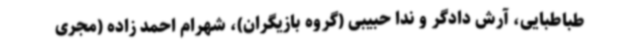
طباطبایی، آرش دادگر و ندا حبیبی (گروه بازیگران)، شهرام احمد زاده (مجری